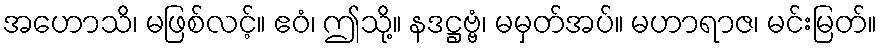
အဟောသိ၊ မဖြစ်လင့်။ ဧဝံ၊ ဤသို့။ နဒဋ္ဌဗ္ဗံ၊ မမှတ်အပ်။ မဟာရာဇ၊ မင်းမြတ်။